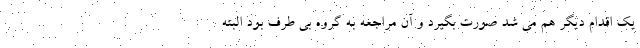
یک اقدام دیگر هم می شد صورت بگیرد و آن مراجعه به گروه بی طرف بود البته